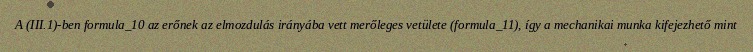
A (III.1)-ben formula_10 az erőnek az elmozdulás irányába vett merőleges vetülete (formula_11), így a mechanikai munka kifejezhető mint